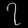
Digit: ၇